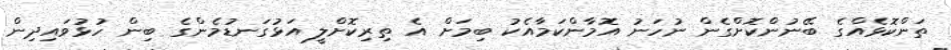
ތަންކޮޅެއްގެ ބޭނުންކޮށްގެން ނުހަނު އޮމާންކަމާއެކު ބިމަށް އެ ތިރިކޮށްލީ އަޅުގަނޑުމެންގެ ބިން ހުޅުވައިދިން